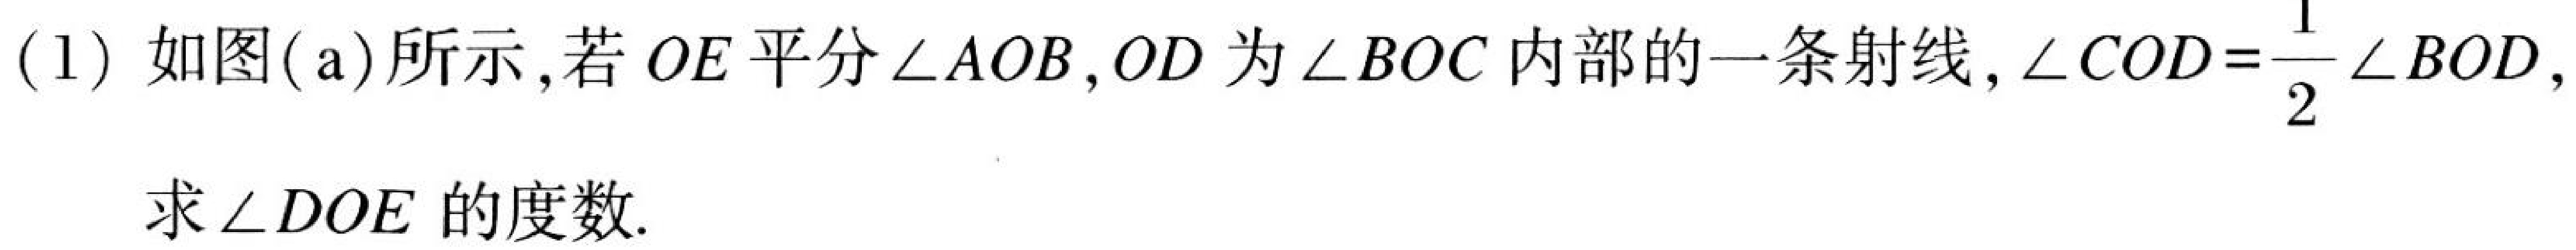
(1) 如图(a)所示，若\(OE\)平分\(\angle AOB\)，\(OD\)为\(\angle BOC\)内部的一条射线，\(\angle COD=\frac{1}{2}\angle BOD\)，求\(\angle DOE\)的度数.